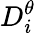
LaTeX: D_{i}^{\theta}